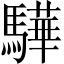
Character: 驊